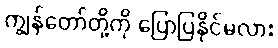
ကျွန်တော်တို့ကို ပြောပြနိုင်မလား